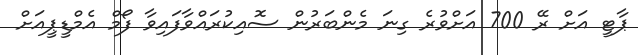
ޕާޓީ އަށް ރޭ 700 އަށްވުރެ ގިނަ މެންބަރުން ސޮއިކުރައްވާފައިވާ ފޯމް އެމްޑީޕީއަށް